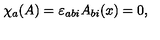
\chi _ { a } ( A ) = \varepsilon _ { a b i } A _ { b i } ( x ) = 0 ,